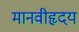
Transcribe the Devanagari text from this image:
मानवीहृदय